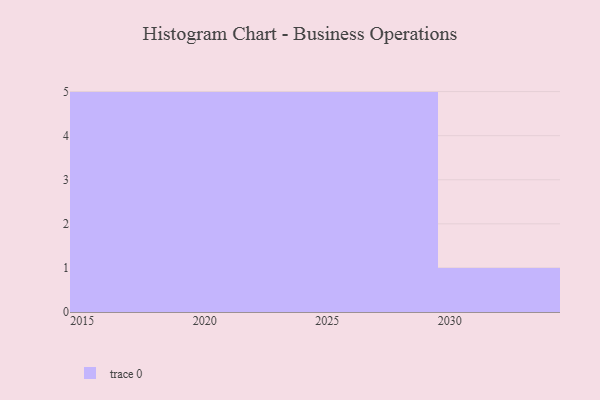
{"axis": {"x": "Year", "y": "Market Share (%)"}, "legend": [""], "data": [{"x": "2022", "y": 90, "type": ""}, {"x": "2021", "y": 29, "type": ""}, {"x": "2016", "y": 16, "type": ""}, {"x": "2024", "y": 10, "type": ""}, {"x": "2020", "y": 84, "type": ""}, {"x": "2015", "y": 90, "type": ""}, {"x": "2019", "y": 6, "type": ""}, {"x": "2026", "y": 26, "type": ""}, {"x": "2028", "y": 12, "type": ""}, {"x": "2029", "y": 41, "type": ""}, {"x": "2023", "y": 55, "type": ""}, {"x": "2027", "y": 34, "type": ""}, {"x": "2025", "y": 84, "type": ""}, {"x": "2018", "y": 76, "type": ""}, {"x": "2030", "y": 81, "type": ""}, {"x": "2017", "y": 78, "type": ""}]}